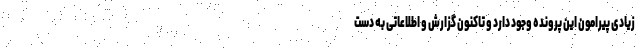
زیادی پیرامون این پرونده وجود دارد و تاکنون گزارش و اطلاعاتی به دست